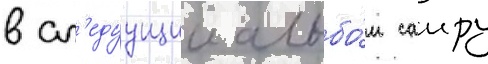
в сл'едуущии альбо́м саиру